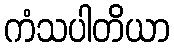
ကံသပါတိယာ